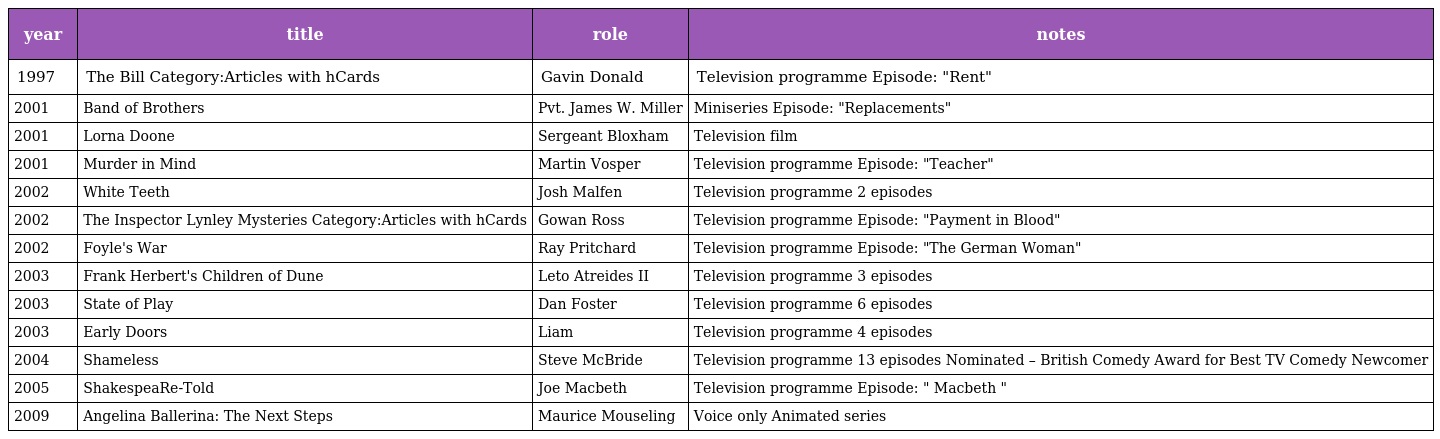
| year | title | role | notes |
 | --- | --- | --- | --- |
 | 1997 | The Bill Category:Articles with hCards | Gavin Donald | Television programme Episode: "Rent" |
 | 2001 | Band of Brothers | Pvt. James W. Miller | Miniseries Episode: "Replacements" |
 | 2001 | Lorna Doone | Sergeant Bloxham | Television film |
 | 2001 | Murder in Mind | Martin Vosper | Television programme Episode: "Teacher" |
 | 2002 | White Teeth | Josh Malfen | Television programme 2 episodes |
 | 2002 | The Inspector Lynley Mysteries Category:Articles with hCards | Gowan Ross | Television programme Episode: "Payment in Blood" |
 | 2002 | Foyle's War | Ray Pritchard | Television programme Episode: "The German Woman" |
 | 2003 | Frank Herbert's Children of Dune | Leto Atreides II | Television programme 3 episodes |
 | 2003 | State of Play | Dan Foster | Television programme 6 episodes |
 | 2003 | Early Doors | Liam | Television programme 4 episodes |
 | 2004 | Shameless | Steve McBride | Television programme 13 episodes Nominated – British Comedy Award for Best TV Comedy Newcomer |
 | 2005 | ShakespeaRe-Told | Joe Macbeth | Television programme Episode: " Macbeth " |
 | 2009 | Angelina Ballerina: The Next Steps | Maurice Mouseling | Voice only Animated series |